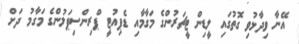
އޭނާ ވިދާޅުވި ގޮތުގައި ލީޑިން ޓީޗަރުންގެ މަގާމާއި ޑެޕިއުޓީ ޕްރިންސިޕަލުންގެ މަގާމު ދަށް